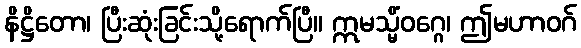
နိဋ္ဌိတော၊ ပြီးဆုံးခြင်းသို့ရောက်ပြီ။ ဣမသ္မိံဝဂ္ဂေ၊ ဤမဟာဝဂ်